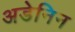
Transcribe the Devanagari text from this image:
अडेनिन